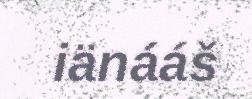
iänááš